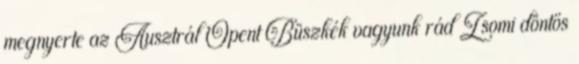
megnyerte az Ausztrál Opent Büszkék vagyunk rád Zsomi döntős